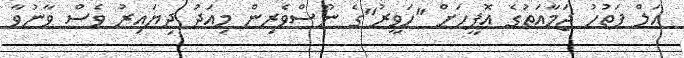
އަލް ފަތުހު ޖަމާއަތުގެ އޮފީހަށް "ހަވީރު"ގެ ނޫސްވެރިން މިއަދު ދިޔައިރު ވެސް ވާނުވާ